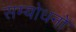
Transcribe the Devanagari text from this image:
सम्बोधनों